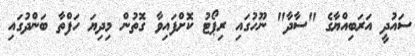
ސައުދީ އަރަބިއްޔާގެ "ސާދާ" ނޫހުގައި ރިޕޯޓު ކޮށްފައިވާ ގޮތުން މިދިޔަ ހަފްތާ ބަންދުގައި